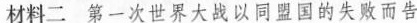
材料二 第一次世界大战以同盟国的失败而告